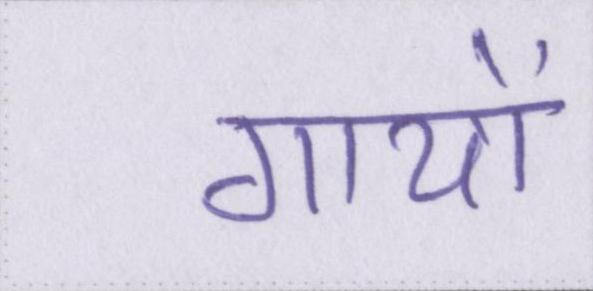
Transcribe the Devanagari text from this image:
गायों